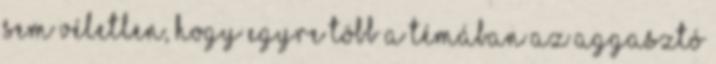
sem véletlen, hogy egyre több a témában az aggasztó